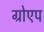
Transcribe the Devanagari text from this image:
ग्रोएप